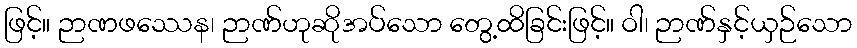
ဖြင့်။ ဉာဏဖဿေန၊ ဉာဏ်ဟုဆိုအပ်သော တွေ့ထိခြင်းဖြင့်။ ဝါ၊ ဉာဏ်နှင့်ယှဉ်သော